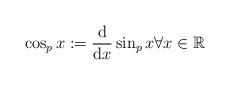
LaTeX: \begin{align*} \cos_p x:=\frac{\mathrm{d}}{\mathrm{d}x}\sin_p x \forall x \in \mathbb{R}\end{align*}